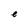
Character: e